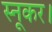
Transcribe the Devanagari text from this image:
स्नूकर।